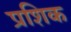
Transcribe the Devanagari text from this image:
प्रशिक